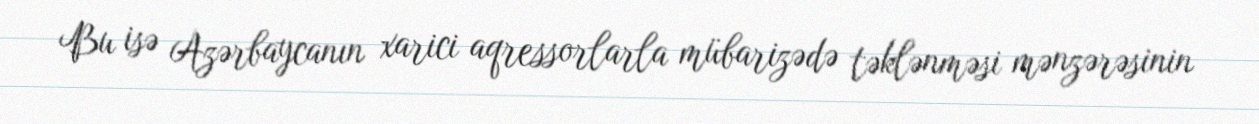
Bu isə Azərbaycanın xarici aqressorlarla mübarizədə təklənməsi mənzərəsinin